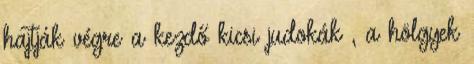
hajtják végre a kezdő kicsi judokák , a hölgyek